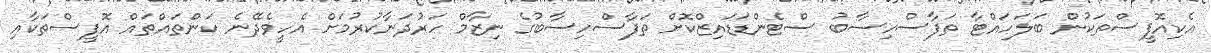
އެކިއޮފީސްތަކުން ބަލަހައްޓާ ތަފާސްހިސާބު ސްޓެންޑަޑައިޒްކޮށް ތަފާސްހިސާބުގެ ނިޒާމް ހަރުދަނާކުރުމަށް އެހީވެދޭނެ ކަންތައްތައް އޮފީސްތަކާއި